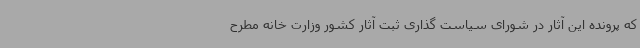
که پرونده این آثار در شورای سیاست گذاری ثبت آثار کشور وزارت خانه مطرح